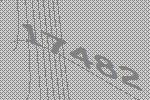
17482